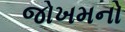
જોખમનો